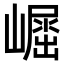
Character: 𡽈